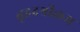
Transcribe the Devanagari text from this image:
बृहदश्रीक्रम